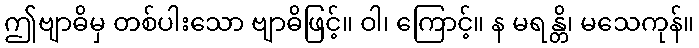
ဤဗျာဓိမှ တစ်ပါးသော ဗျာဓိဖြင့်။ ဝါ၊ ကြောင့်။ န မရန္တိ၊ မသေကုန်။